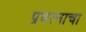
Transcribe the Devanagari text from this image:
प्रयत्‍नाचा